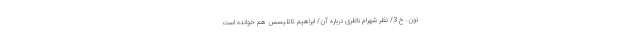
نون. خ 3/ نظر شهرام ناظری درباره آن/ ابراهیم تاتلیسس هم خوانده است